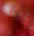
وأننا